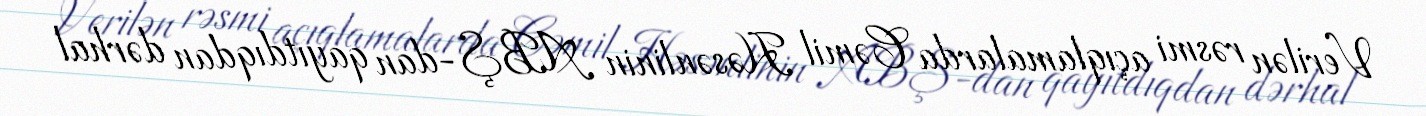
Verilən rəsmi açıqlamalarda Cəmil Həsənlinin ABŞ-dan qayıtdıqdan dərhal